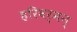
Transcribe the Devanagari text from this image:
हरिवर्मन्‌